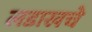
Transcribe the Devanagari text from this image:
लडाखचे